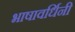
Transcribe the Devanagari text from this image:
भाषावर्धिनी